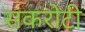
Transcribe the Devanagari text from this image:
सकरोटी